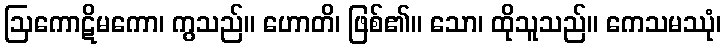
ဩကောဋိမကော၊ ကွသည်။ ဟောတိ၊ ဖြစ်၏။ သော၊ ထိုသူသည်။ ကေသမဿုံ၊